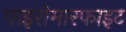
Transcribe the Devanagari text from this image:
पाइरोमारफाइट